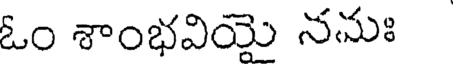
ఓం శాంభవియై నమః